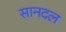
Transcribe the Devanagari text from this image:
सानदल